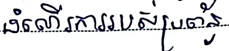
ដំណើរការរបស់ប្រព័ន្ធ